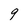
Character: 9